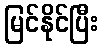
မြင်နိုင်ပြီး